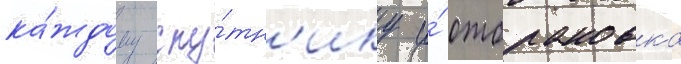
ка́ждому спу́тн'ику и́ отбраковка